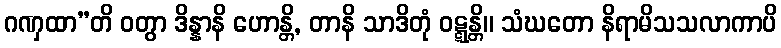
ဂဏှထာ”တိ ဝတွာ ဒိန္နာနိ ဟောန္တိ, တာနိ သာဒိတုံ ဝဋ္ဋန္တိ။ သံဃတော နိရာမိသသလာကာပိ